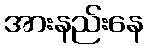
အားနည်းနေ